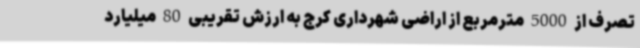
تصرف از 5000 مترمربع از اراضی شهرداری کرج به ارزش تقریبی 80 میلیارد